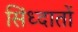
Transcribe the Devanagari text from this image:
सिंध्दातों